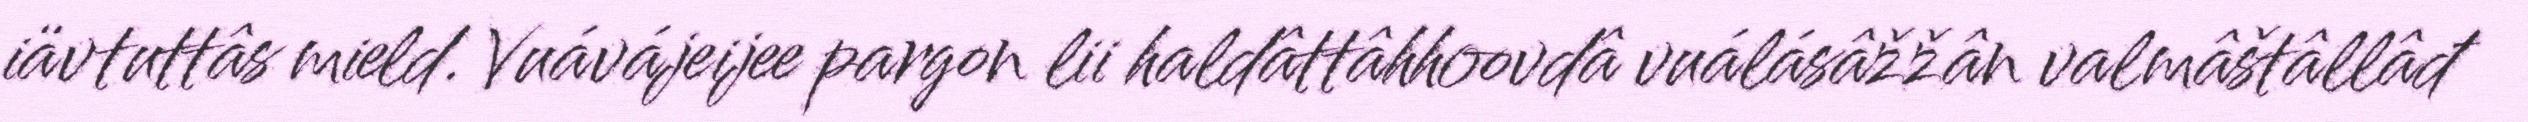
iävtuttâs mield. Vuávájeijee pargon lii haldâttâhhoovdâ vuálásâžžân valmâštâllâđ